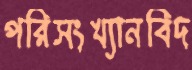
পরিসংখ্যানবিদ